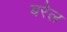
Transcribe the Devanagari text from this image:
बरेल